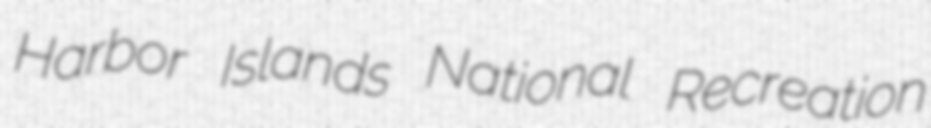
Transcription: Harbor Islands National Recreation